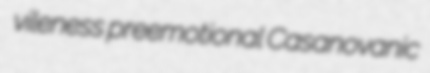
vileness preemotional Casanovanic